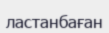
ластанбаған